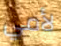
لأمي